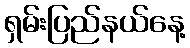
ရှမ်းပြည်နယ်နေ့